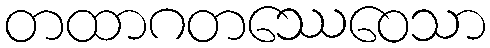
တထာဂတဿေဝေသာ